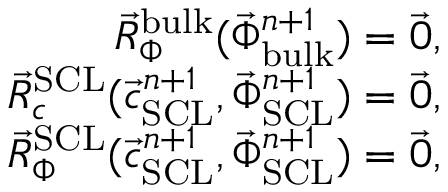
\begin{array} { r } { \vec { R } _ { \Phi } ^ { \mathrm { b u l k } } ( \vec { \Phi } _ { \mathrm { b u l k } } ^ { n + 1 } ) = \vec { 0 } , } \\ { \vec { R } _ { c } ^ { \mathrm { S C L } } ( \vec { c } _ { \mathrm { S C L } } ^ { n + 1 } , \vec { \Phi } _ { \mathrm { S C L } } ^ { n + 1 } ) = \vec { 0 } , } \\ { \vec { R } _ { \Phi } ^ { \mathrm { S C L } } ( \vec { c } _ { \mathrm { S C L } } ^ { n + 1 } , \vec { \Phi } _ { \mathrm { S C L } } ^ { n + 1 } ) = \vec { 0 } , } \end{array}